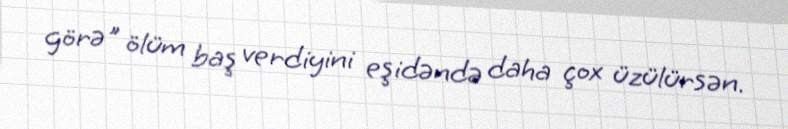
görə" ölüm baş verdiyini eşidəndə daha çox üzülürsən.